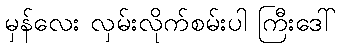
မှန်လေး လှမ်းလိုက်စမ်းပါ ကြီးဒေါ်